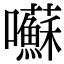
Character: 囌